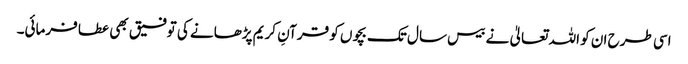
اسی طرح ان کو اللہ تعالیٰ نے بیس سال تک بچوں کو قرآنِ کریم پڑھانے کی توفیق بھی عطا فرمائی۔